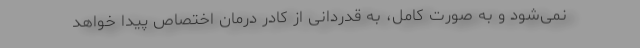
نمی‌شود و به صورت کامل، به قدردانی از کادر درمان اختصاص پیدا خواهد